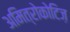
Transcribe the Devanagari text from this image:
अमित्रोकोटिज़